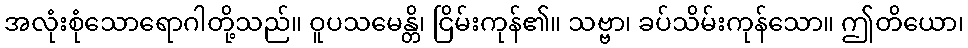
အလုံးစုံသောရောဂါတို့သည်။ ဝူပသမေန္တိ၊ ငြိမ်းကုန်၏။ သဗ္ဗာ၊ ခပ်သိမ်းကုန်သော။ ဤတိယော၊